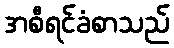
အစီရင်ခံစာသည်